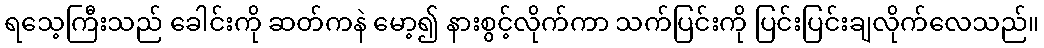
ရသေ့ကြီးသည် ခေါင်းကို ဆတ်ကနဲ မော့၍ နားစွင့်လိုက်ကာ သက်ပြင်းကို ပြင်းပြင်းချလိုက်လေသည်။